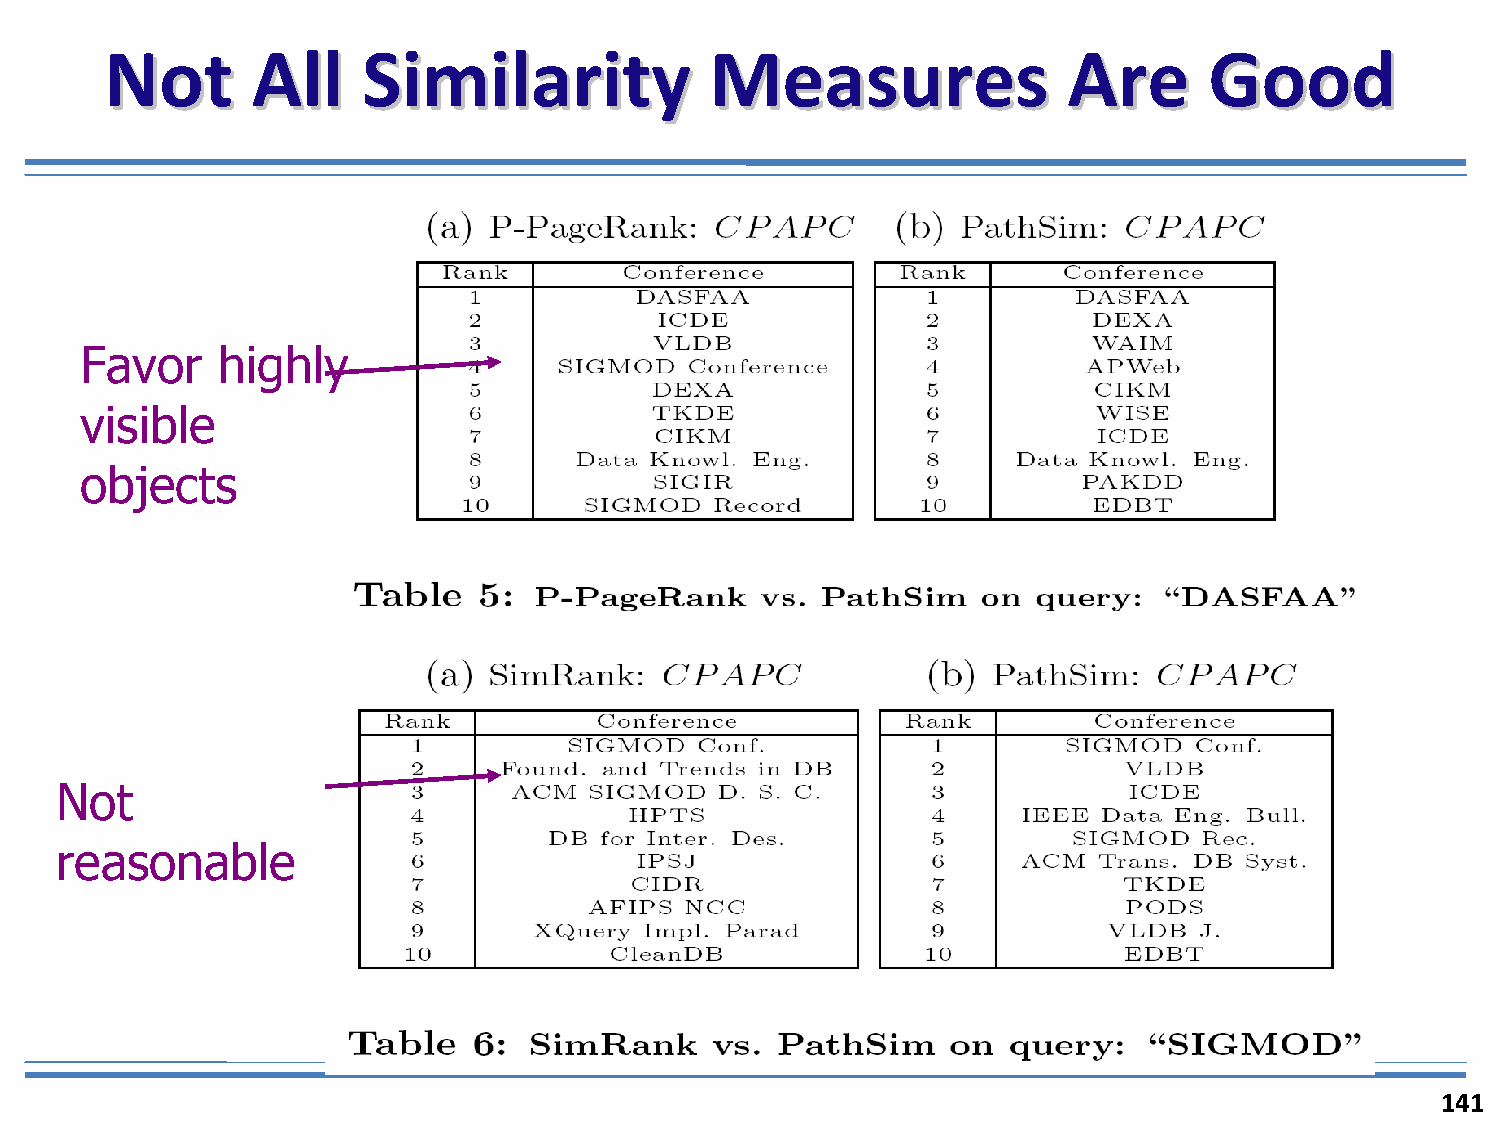
NNoott    AAllll SSiimmiillaarriittyy   MMeeaassuurreess        AArree   GGoooodd
 Favor    highly
 visible
 objects
 Not
 reasonable
 141